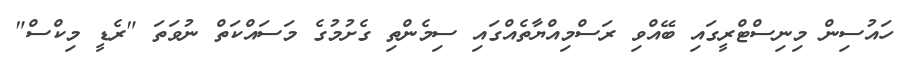
ހައުސިން މިނިސްޓްރީގައި ބޭއްވި ރަސްމިއްޔާތެއްގައި ސިމެންތި ގެށުމުގެ މަސައްކަތް ނުވަތަ "ރެޑީ މިކްސް"